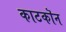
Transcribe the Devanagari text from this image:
काटकॊन